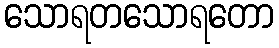
သောရတသောရတော